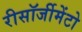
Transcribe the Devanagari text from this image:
रीसॉर्जीमेंटो